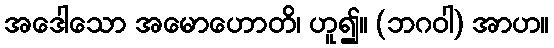
အဒေါသော အမောဟောတိ၊ ဟူ၍။ (ဘဂဝါ) အာဟ။